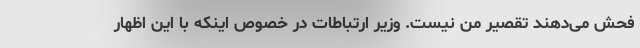
فحش می‌دهند تقصیر من نیست. وزیر ارتباطات در خصوص اینکه با این اظهار